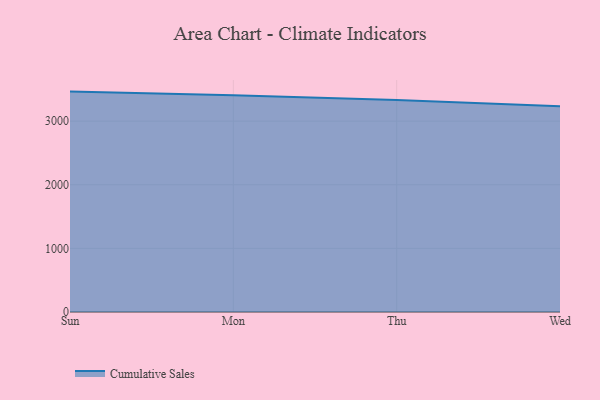
{"axis": {"x": "Day", "y": "Conversion Rate (%)"}, "legend": ["Cumulative Sales"], "data": [{"x": "Sun", "y": 3464.3, "type": "Cumulative Sales"}, {"x": "Mon", "y": 3408.1, "type": "Cumulative Sales"}, {"x": "Thu", "y": 3333.5, "type": "Cumulative Sales"}, {"x": "Wed", "y": 3233.8, "type": "Cumulative Sales"}]}